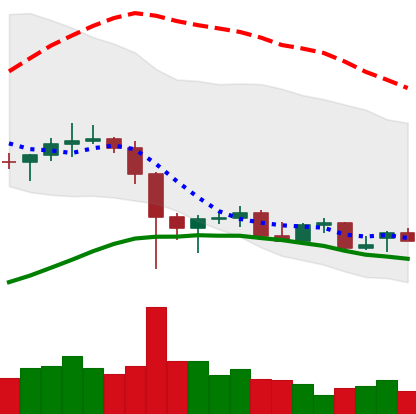
Ticker: LTC-USD
Chart end date: 2021-12-16
Forward return: 4.019%
Label: up_3_5